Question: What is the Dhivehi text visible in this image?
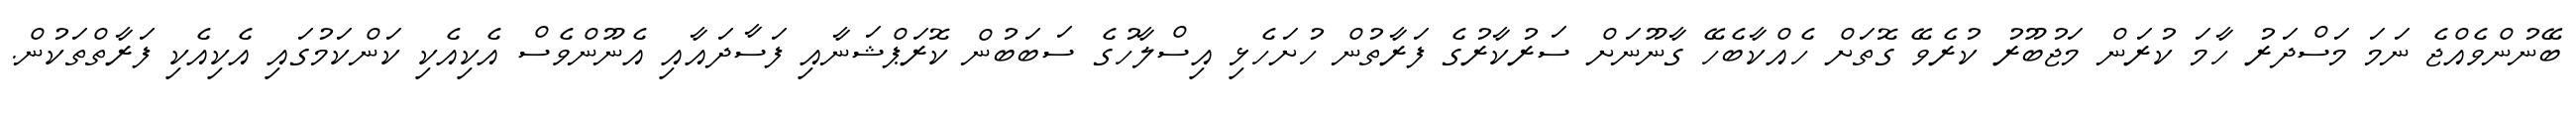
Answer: ބޭނުންވެއްޖެ ނަމަ މަސްދަރު ހާމަ ކުރަން މަޖުބޫރު ކުރެވޭ ގޮތަށް ހެއްކާބެހޭ ގާނޫނަށް ސަރުކާރުގެ ފަރާތުން ހުށަހެޅި އިސްލާހުގެ ސަބަބުން ކޮރަޕްޝަނާއި ފަސާދައާއި އެނޫންވެސް އެކިއެކި ކަންކަމުގައި އެކިއެކި ފަރާތްތަކުން.